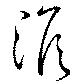
澹